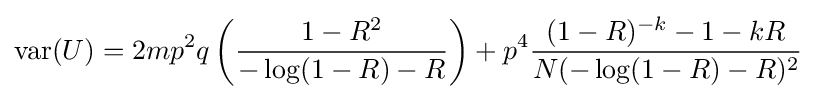
\operatorname {var} (U)=2mp^{2}q\left({\frac {1-R^{2}}{-\log(1-R)-R}}\right)+p^{4}{\frac {(1-R)^{-k}-1-kR}{N(-\log(1-R)-R)^{2}}}